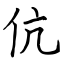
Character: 伉